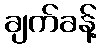
ချက်ခန့်